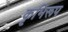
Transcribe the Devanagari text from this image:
कृभिरूप